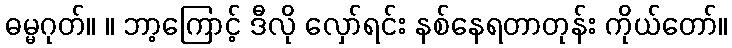
ဓမ္မဂုတ်။ ။ ဘာ့ကြောင့် ဒီလို လှော်ရင်း နစ်နေရတာတုန်း ကိုယ်တော်။